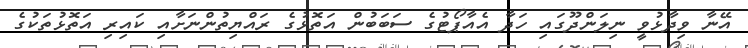
އޭނާ ވިދާޅުވީ ނިލަންދޫގައި ހަދާ އެއާޕޯޓުގެ ސަބަބުން އަތޮޅުގެ ރައްޔިތުންނަށާއި ކައިރި އަތޮޅުތަކުގެ